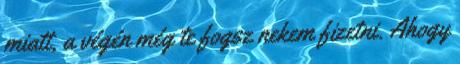
miatt, a végén még te fogsz nekem fizetni. Ahogy